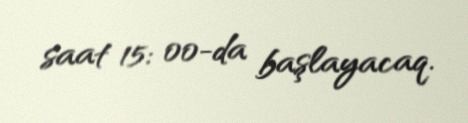
saat 15: 00-da başlayacaq.